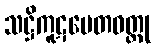
သဋ္ဌိကူဋပေတဝတ္ထု